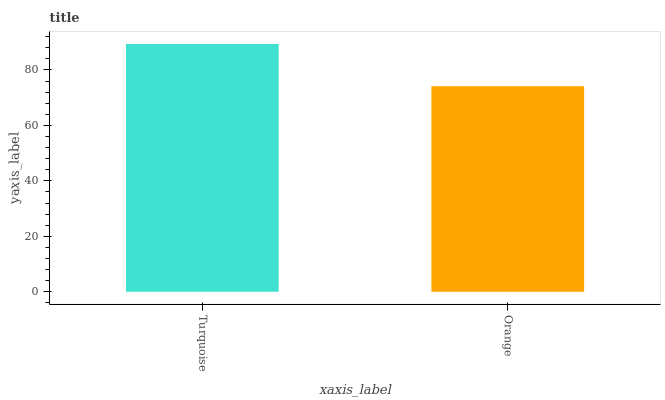
| xaxis_label | bars |
 | --- | --- |
 | Turquoise | 89.4 |
 | Orange | 74.2 |